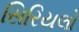
સિરિયલો